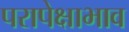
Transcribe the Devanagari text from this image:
परापेक्षाभाव